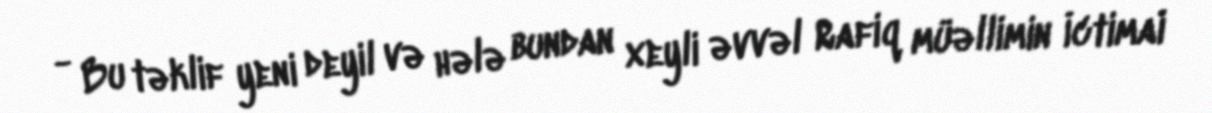
- Bu təklif yeni deyil və hələ bundan xeyli əvvəl Rafiq müəllimin İctimai